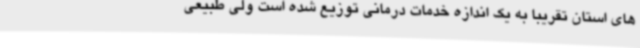
های استان تقریبا به یک اندازه خدمات درمانی توزیع شده است ولی طبیعی